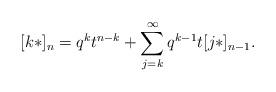
LaTeX: \begin{align*}[k*]_n = q^k t^{n-k} + \sum_{j=k}^\infty q^{k-1} t [j*]_{n-1}.\end{align*}